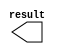
module con_10000 (
	result);

	output	[15:0]  result;

endmodule